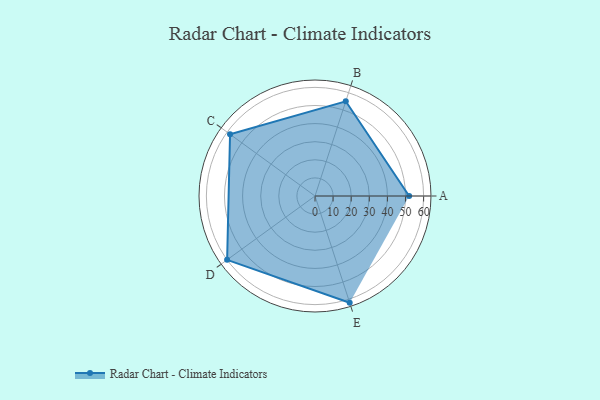
{"axis": {"x": "Skill", "y": "Score"}, "legend": ["Profile"], "data": [{"x": "A", "y": 52.0, "type": "Profile"}, {"x": "B", "y": 55.0, "type": "Profile"}, {"x": "C", "y": 58.0, "type": "Profile"}, {"x": "D", "y": 60.0, "type": "Profile"}, {"x": "E", "y": 62.0, "type": "Profile"}]}